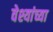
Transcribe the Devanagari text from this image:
वेश्यांच्या